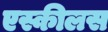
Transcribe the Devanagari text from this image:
एस्कीलस